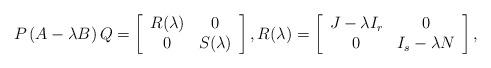
LaTeX: \begin{align*}P\,(A-\lambda B)\,Q=\left[\begin{array}{cc} R(\lambda)&0\\ 0 & S(\lambda)\end{array}\right], R(\lambda)=\left[\begin{array}{cc}J-\lambda I_r&0\\ 0&I_s-\lambda N\end{array}\right],\end{align*}